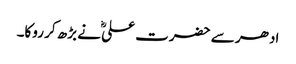
ادھر سے حضرت علیؓ نے بڑھ کر روکا۔